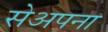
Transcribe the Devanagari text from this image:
सेअपना